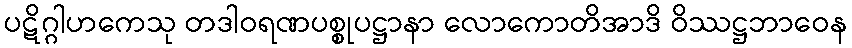
ပဋိဂ္ဂါဟကေသု တဒါဝရဏပစ္စုပဋ္ဌာနာ လောကောတိအာဒိ ဝိဿဋ္ဌဘာဝေန